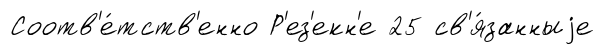
Соотв'е́тств'енно Р'ез'екн'е 25 св'я́занныjе